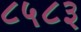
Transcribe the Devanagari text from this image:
८५८३